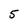
Character: 5